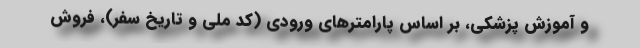
و آموزش پزشکی، بر اساس پارامترهای ورودی (کد ملی و تاریخ سفر)، فروش